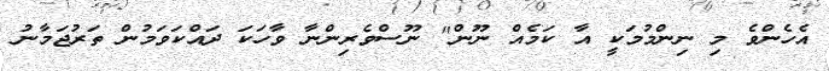
އެހެންވެ މި ނިންމުމަކީ އާ ކަމެއް ނޫން" ނޫސްވެރިންނާ ވާހަކަ ދައްކަވަމުން ތަރުޖަމާނު